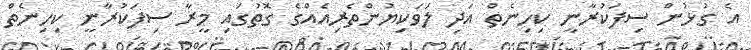
އެ ގުޅުން ސިފަކުރާނީ ކިހިނެތް އަދި ލަވަކިޔުންތެރިއެއްގެ ގޮތުގައި މީރާ ސިފަކުރާނީ ކިހިނެތް